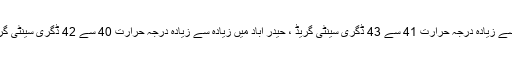
بے نظیر آباد اور سکھر میں زیادہ سے زیادہ درجہ حرارت 42 سے 44 ڈگری سینٹی گریڈ، دادو میں زیادہ سے زیادہ درجہ حرارت 41 سے 43 ڈگری سینٹی گریڈ ، حیدر آباد میں زیادہ سے زیادہ درجہ حرارت 40 سے 42 ڈگری سینٹی گریڈ اور ٹھٹہ اور بدین میں زیادہ سے زیادہ درجہ حرارت 37 سے 39 ڈگری سینٹی گریڈ رہنے کا امکان ہے۔